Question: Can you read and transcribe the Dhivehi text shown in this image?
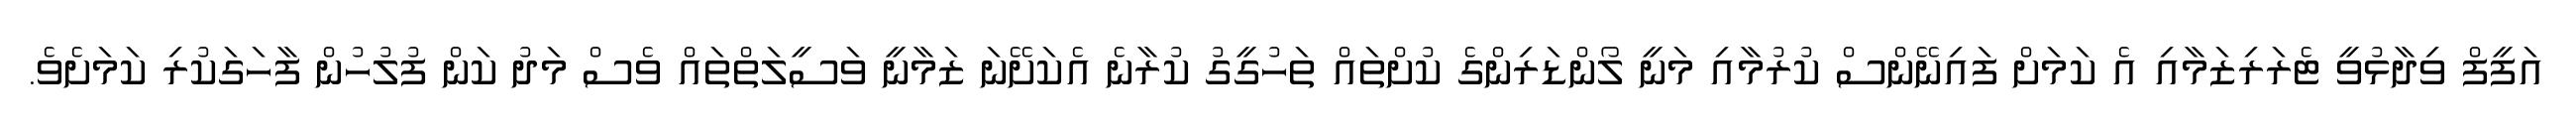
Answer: އަފީފް ވިދާޅުވީ ޓެރަރިޒަމާއި އެ ކަމަށް ފައިނޭންސް ކުރުމާއި މަނީ ލޯންޑަރިންގެ ކުށްތައް ތަހުގީގު ކުރާނެ އެކަށޭނަ ޒަމާނީ ވަސީލަތްތައް ވެސް މަދު ކަން ފުލުހުން ފާހަގަކުރި ކަމަށެވެ.